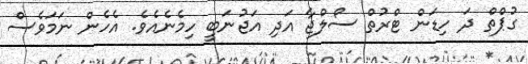
ގުޕްތް ދަ ހިޑަން ޓްރުތް ސޯލްޖާ އަދި އަޖުނަބީ ހިމެނެއެވެ. އެހެން ނަމަވެސް